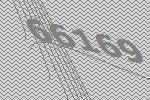
66169